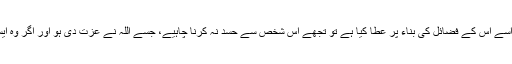
اے انسان اپنے بھائی سے حسد مت رکھ، اگر اللہ نے اسے اس کے فضائل کی بناء پر عطا کیا ہے تو تجھے اس شخص سے حسد نہ کرنا چاہیے، جسے اللہ نے عزت دی ہو اور اگر وہ ایسا نہیں ہے تو پھر تجھے جلنے کی کیا ضرورت ہے۔